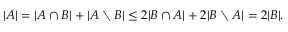
| A | = | A \cap B | + | A \setminus B | \leq 2 | B \cap A | + 2 | B \setminus A | = 2 | B | .